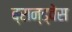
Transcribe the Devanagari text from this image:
ब्रान्ड्वेस